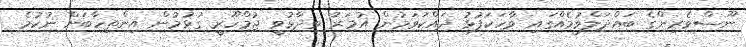
ނޫސްވެރިންގެ ބައްދަލްވުމެއްގައި ވާހަކަފުޅު ދައްކަވަމުން އުމަރު ވިދާޅުވީ ޖުމްހޫރީ ގުޅުމުން އިންތިހާބަށް ނުކުމެ